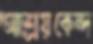
আশ্রয়কেন্দ